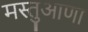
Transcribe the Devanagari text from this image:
मस्तुआणा